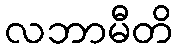
လဘာမီတိ